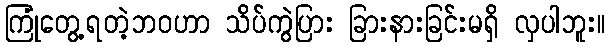
ကြုံတွေ့ရတဲ့ဘဝဟာ သိပ်ကွဲပြား ခြားနားခြင်းမရှိ လှပါဘူး။